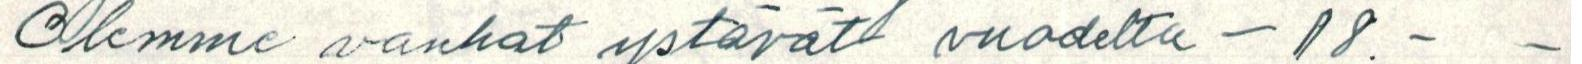
Olemme vanhat ystävät vuodelta -18.- -